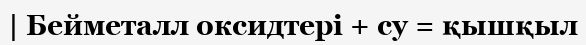
| Бейметалл оксидтері + су = қышқыл